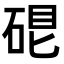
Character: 𥓀